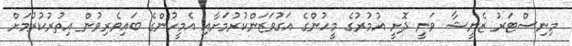
މިނިސްޓަރު ޒެނީޝާ ވަނީ ދޮށީ އުމުރުގެ މީހުންގެ އަގުވަޒަންކުރުމަށާއި އެމީހުންގެ ބައިވެރިވުން އިތުރުކުރުމަށް